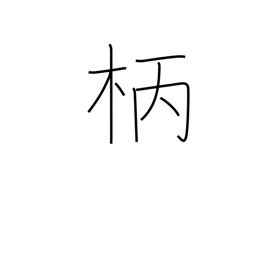
Meaning: shaft